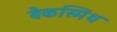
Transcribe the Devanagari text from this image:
बैकस्मिथ